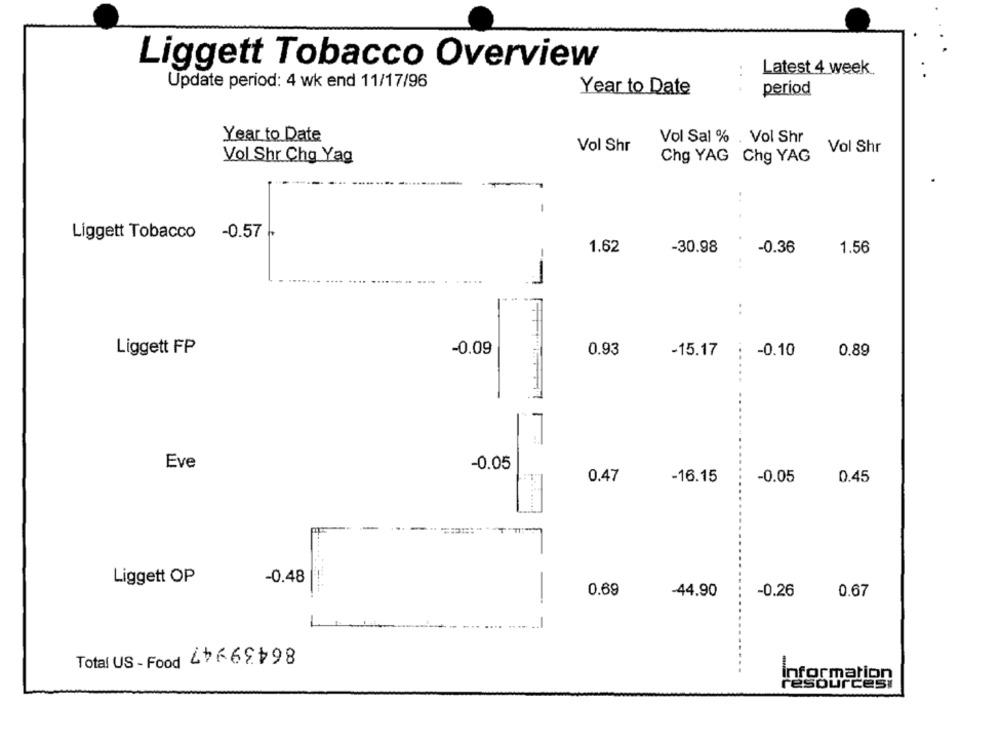
Liggett Tobacco Overview
:
Latest 4 week
Update period: 4 wk end 11/17/96
period
Year to Date
Year to Date
Vol Sal % . Vol Shr
Vol Shr
Vol Shr
Vol Shr Cha Yag
Chg YAG Chg YAG
-
Liggett Tobacco -0.57
1.62
-30.98
-0.36
1.56
..
Liggett FP
-0.09
0.93
-15.17
...
-0.10
0.89
Eve
-0.05
0.47
-16.15
-0.05
0.45
Liggett OP
-0.48
0.69
-44.90
-0.26
0.67
-
Information
Urcesi